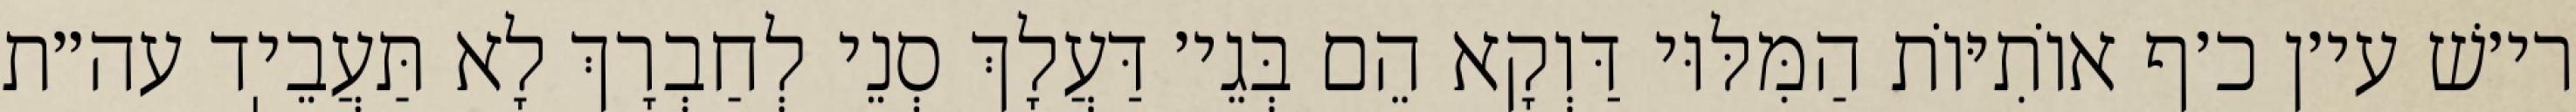
רי׳שׁ עי׳ן כ׳ף אוֹתִיּוֹת הַמִּלּוּי דַּוְקָא הֵם בְּגֵי׳ דַּעֲלָךְ סְנֵי לְחַבְרָךְ לָא תַּעֲבֵיֽד עה״ת